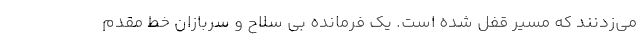
می‌زدنند که مسیر قفل شده است. یک فرمانده بی سلاح و سربازان خط مقدم